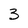
Character: 3